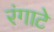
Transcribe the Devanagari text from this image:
रंगाटे